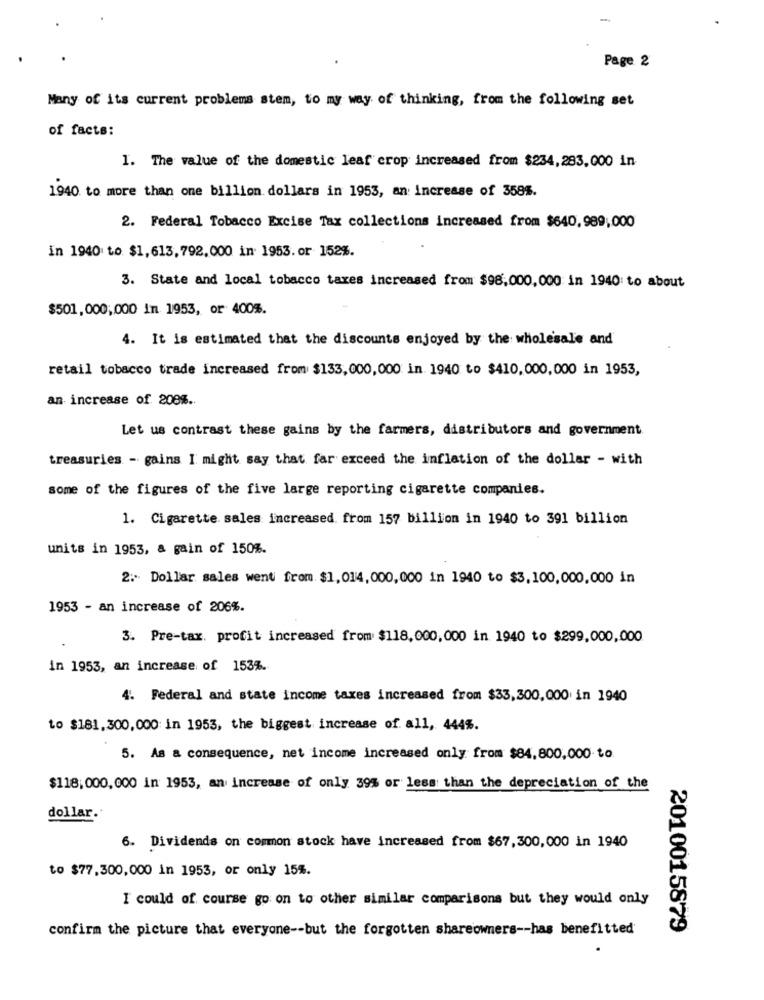
Page 2
Many of its current problems stem, to my way of thinking, from the following set
of facts:
1. The value of the domestic leaf crop increased from $234,283,000 in
1940 to more than one billion dollars in 1953, an increase of 358%.
2. Federal Tobacco Excise Tax collections increased from $640, 989,000
in 1940 to $1,613, 792,000 in 1953. or 152%.
3. State and local tobacco taxes increased from $98,000,000 in 1940: to about
$501, 000,000 In 1953, or 400%.
4. It is estimated that the discounts enjoyed by the wholesale and
retail tobacco trade increased from $133,000,000 in. 1940 to $410,000,000 in 1953,
an increase of 208% ..
Let us contrast these gains by the farmers, distributors and government
treasuries - gains I might say that far exceed the inflation of the dollar - with
some of the figures of the five large reporting cigarette companies.
1. Cigarette sales increased. from 157 billion in 1940 to 391 billion
units in 1953, a gain of 150%.
2 .- Dollar sales went from. $1,014,000,000 in 1940 to $3,100,000,000 in
1953 - an increase of 206%.
3. Pre-tax. profit increased from $118,000,000 in 1940 to $299,000,000
in 1953, an increase of 153%.
4. Federal and state income taxes increased from $33,300,000 in 1940
to $181,300, 000 in 1953, the biggest increase of all, 444%.
5. As a consequence, net income increased only from $84,800,000 to.
$118,000, 000 in 1953, an increase of only 39% or less than the depreciation of the
dollar.
6. Dividends on common stock have increased from $67,300,000 in 1940
to $77,300,000 in 1953, or only 15%.
I could of course go on to other similar comparisons but they would only
confirm the picture that everyone -- but the forgotten shareowners -- has benefitted
2010015879